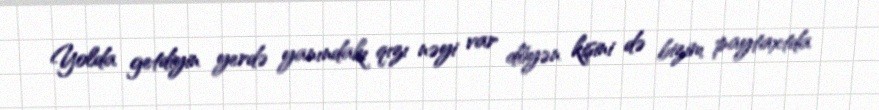
Yolda getdiyin yerdə yanındakı qızı nəyi var döyən kişini də bizim paytaxtda